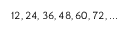
1 2 , 2 4 , 3 6 , 4 8 , 6 0 , 7 2 , . . .